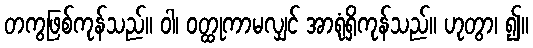
တကွဖြစ်ကုန်သည်။ ဝါ၊ ဝတ္ထုကာမလျှင် အာရုံရှိကုန်သည်။ ဟုတွာ၊ ၍။